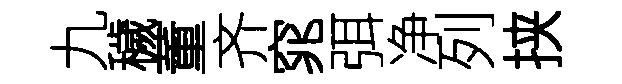
九穢董齐窕弭净列挟